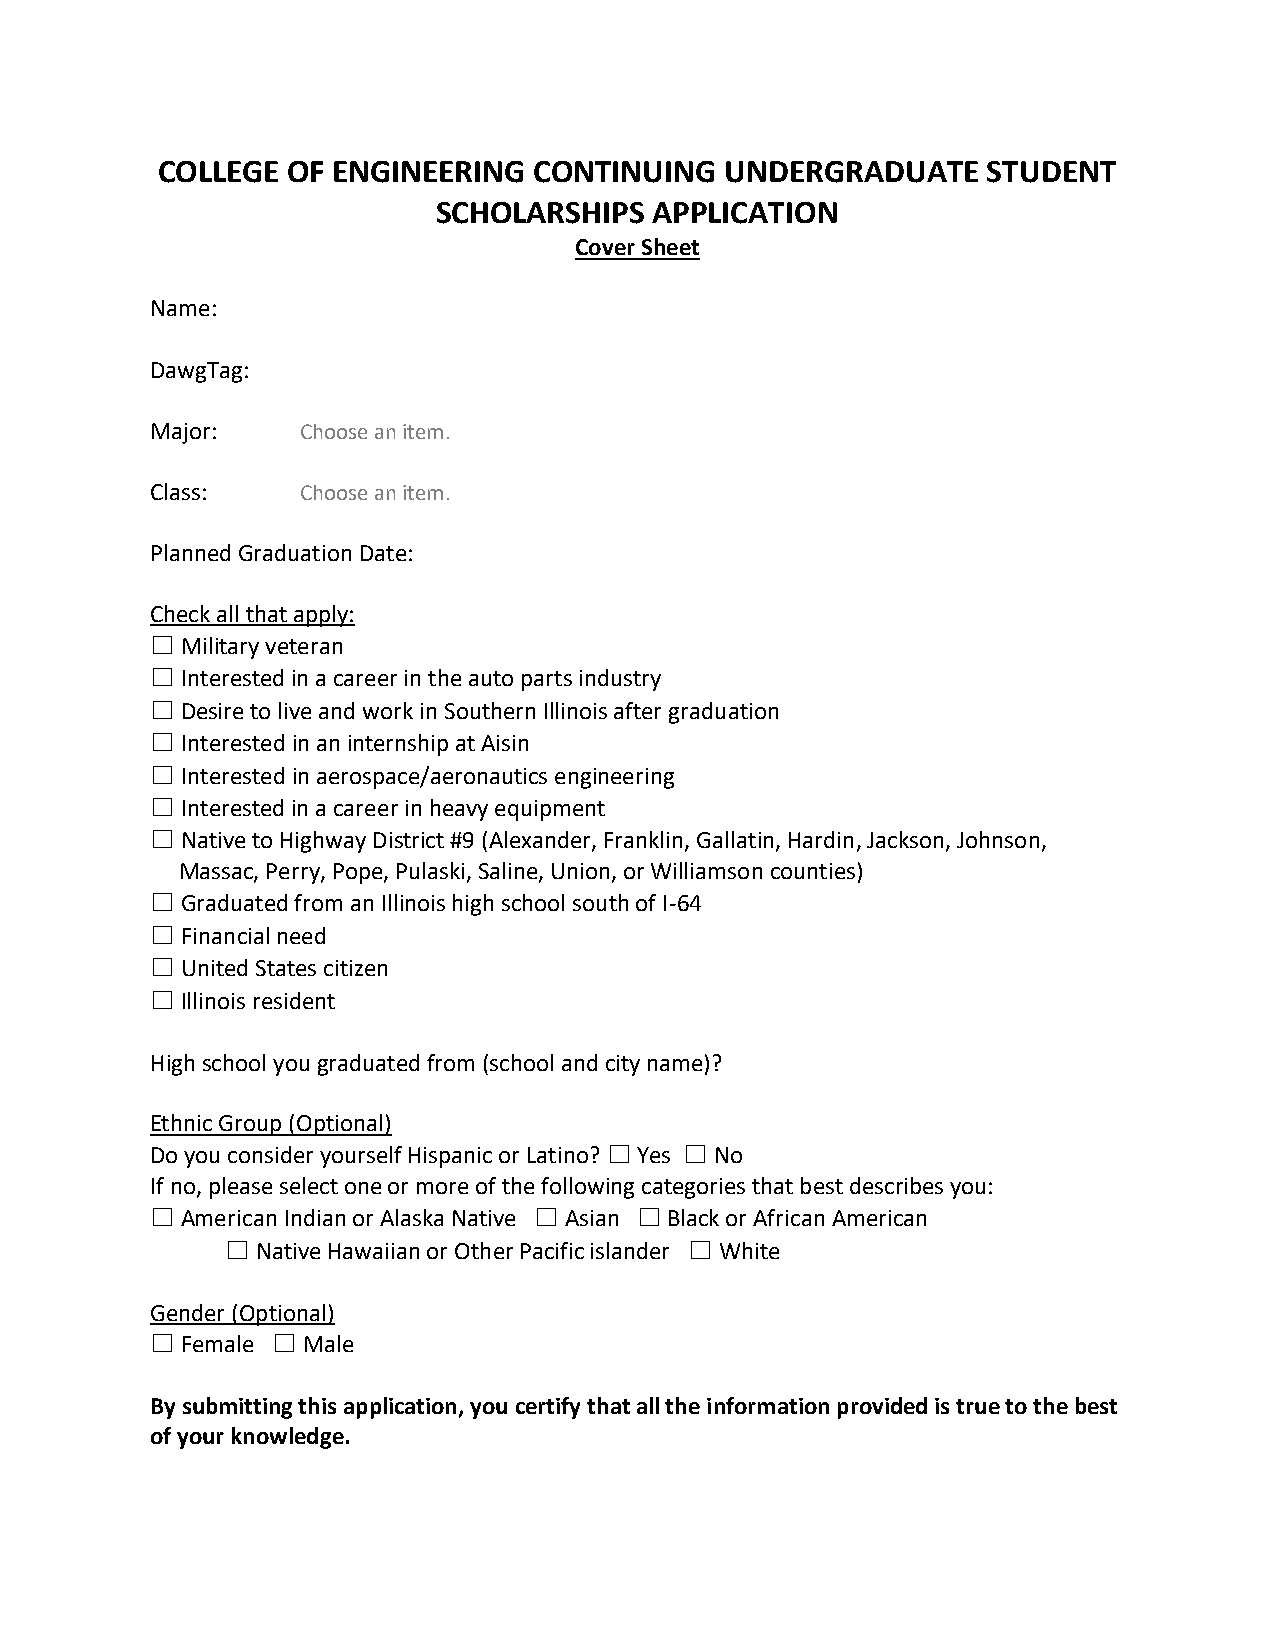
COLLEGE  OF ENGINEERING  CONTINUING   UNDERGRADUATE    STUDENT
 SCHOLARSHIPS  APPLICATION
 Cover Sheet
 Name:
 DawgTag:
 Major:    Choose an item.
 Class:    Choose an item.
 Planned Graduation Date:
 Check all that apply:
 ☐ Military veteran
 ☐ Interested in a career in the auto parts industry
 ☐ Desire to live and work in Southern Illinois after graduation
 ☐ Interested in an internship at Aisin
 ☐ Interested in aerospace/aeronautics engineering
 ☐ Interested in a career in heavy equipment
 ☐ Native to Highway District #9 (Alexander, Franklin, Gallatin, Hardin, Jackson, Johnson,
 Massac, Perry, Pope, Pulaski, Saline, Union, or Williamson counties)
 ☐ Graduated from an Illinois high school south of I-64
 ☐ Financial need
 ☐ United States citizen
 ☐ Illinois resident
 High school you graduated from (school and city name)?
 Ethnic Group (Optional)
 Do you consider yourself Hispanic or Latino? ☐ Yes ☐ No
 If no, please select one or more of the following categories that best describes you:
 ☐ American Indian or Alaska Native ☐ Asian ☐ Black or African American
 ☐ Native Hawaiian or Other Pacific islander ☐ White
 Gender (Optional)
 ☐ Female ☐ Male
 By submitting this application, you certify that all the information provided is true to the best
 of your knowledge.